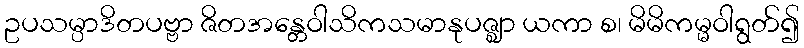
ဥပသမ္ပာဒိတပဗ္ဗာ ဇိတအန္တေဝါသိကသမာနုပဇ္ဈာ ယကာ စ၊ မိမိကမ္မဝါရွတ်၍